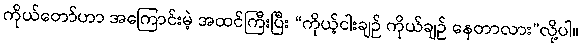
ကိုယ်တော်ဟာ အကြောင်းမဲ့ အထင်ကြီးပြီး “ကိုယ့်ငါးချဉ် ကိုယ်ချဉ် နေတာလား”လို့ပါ။